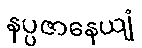
နပ္ပဇာနေယျံ